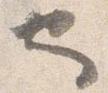
也